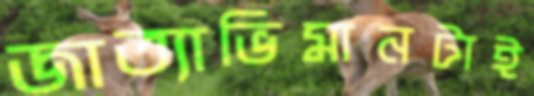
জাত্যাভিমানটাই